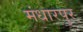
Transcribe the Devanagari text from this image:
मंधारपुर